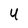
Character: U